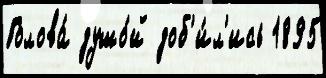
Голова́ душо́й доб'и́л'ись 1895